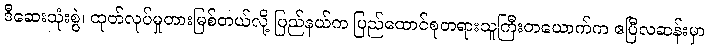
ဒီဆေးသုံးစွဲ၊ ထုတ်လုပ်မှုတားမြစ်တယ်လို့ ပြည်နယ်က ပြည်ထောင်စုတရားသူကြီးတယောက်က ဧပြီလဆန်းမှာ